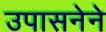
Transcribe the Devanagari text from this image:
उपासनेने